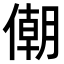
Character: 𠎫